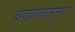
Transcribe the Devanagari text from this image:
अहवालानूसार